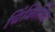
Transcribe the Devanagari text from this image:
चिंकिलिच